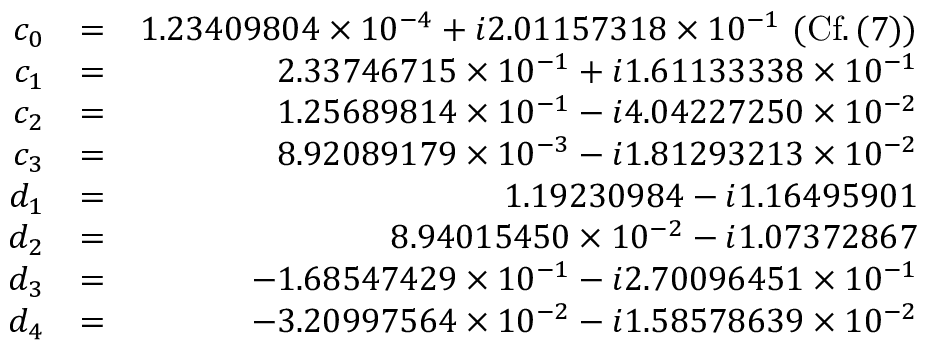
\begin{array} { r l r } { c _ { 0 } } & { = } & { 1 . 2 3 4 0 9 8 0 4 \times 1 0 ^ { - 4 } + i 2 . 0 1 1 5 7 3 1 8 \times 1 0 ^ { - 1 } \, \, ( \mathrm { C f . } \, ( 7 ) ) } \\ { c _ { 1 } } & { = } & { 2 . 3 3 7 4 6 7 1 5 \times 1 0 ^ { - 1 } + i 1 . 6 1 1 3 3 3 3 8 \times 1 0 ^ { - 1 } } \\ { c _ { 2 } } & { = } & { 1 . 2 5 6 8 9 8 1 4 \times 1 0 ^ { - 1 } - i 4 . 0 4 2 2 7 2 5 0 \times 1 0 ^ { - 2 } } \\ { c _ { 3 } } & { = } & { 8 . 9 2 0 8 9 1 7 9 \times 1 0 ^ { - 3 } - i 1 . 8 1 2 9 3 2 1 3 \times 1 0 ^ { - 2 } } \\ { d _ { 1 } } & { = } & { 1 . 1 9 2 3 0 9 8 4 - i 1 . 1 6 4 9 5 9 0 1 } \\ { d _ { 2 } } & { = } & { 8 . 9 4 0 1 5 4 5 0 \times 1 0 ^ { - 2 } - i 1 . 0 7 3 7 2 8 6 7 } \\ { d _ { 3 } } & { = } & { - 1 . 6 8 5 4 7 4 2 9 \times 1 0 ^ { - 1 } - i 2 . 7 0 0 9 6 4 5 1 \times 1 0 ^ { - 1 } } \\ { d _ { 4 } } & { = } & { - 3 . 2 0 9 9 7 5 6 4 \times 1 0 ^ { - 2 } - i 1 . 5 8 5 7 8 6 3 9 \times 1 0 ^ { - 2 } } \end{array}